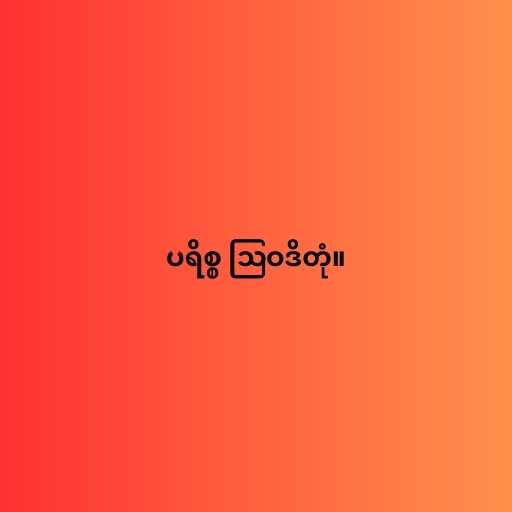
ပရိစ္စ ဩဝဒိတုံ။